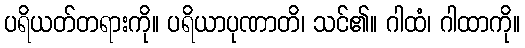
ပရိယတ်တရားကို။ ပရိယာပုဏာတိ၊ သင်၏။ ဂါထံ၊ ဂါထာကို။